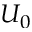
U _ { 0 }